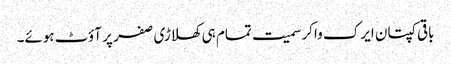
باقی کپتان ایرک واکر سمیت تمام ہی کھلاڑی صفر پر آؤٹ ہوئے۔